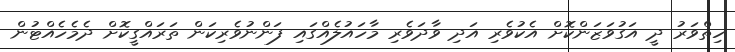
ހިތްވަރު ދީ އަގުވަޒަންކޮށް އެކުވެރި އަދި ވާދަވެރި މާހައުލެއްގައި ފަންނުވެރިކަން ތަރައްގީކޮށް ދެމެހެއްޓުން